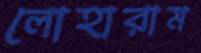
লোহারাম